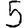
Digit: 5